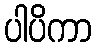
ပါပိကာ